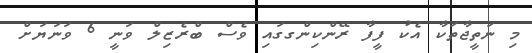
މި ނަތީޖާތަކާ އެކު ފީފާ ރޭންކިންގގައި ވެސް ބްރެޒިލް ވަނީ 6 ވަނަޔަށް